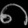
Digit: ၈